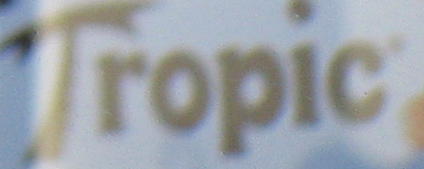
Tropic